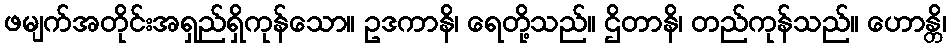
ဖမျက်အတိုင်းအရှည်ရှိကုန်သော။ ဥဒကာနိ၊ ရေတို့သည်။ ဌိတာနိ၊ တည်ကုန်သည်။ ဟောန္တိ၊